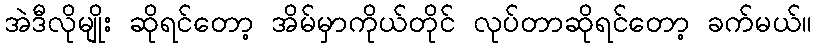
အဲဒီလိုမျိုး ဆိုရင်တော့ အိမ်မှာကိုယ်တိုင် လုပ်တာဆိုရင်တော့ ခက်မယ်။